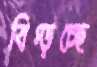
বিগ্‌ড়চ্ছে